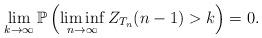
LaTeX: \begin{align*} \lim_{k\to\infty}\mathbb P \left( \liminf_{n\to \infty} Z_{T_n}(n-1)>k \right) =0.\end{align*}